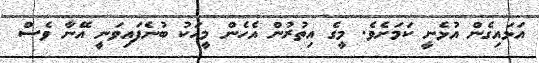
އަޅައިގެން އުޅެނީ ކަމަށެވެ. މީގެ އިތުރުން އެހެން މީހަކު ބުނެފައިވަނީ އޭނާ ވެސް